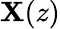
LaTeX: \mathbf{X}(z)